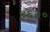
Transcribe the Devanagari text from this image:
४६२०